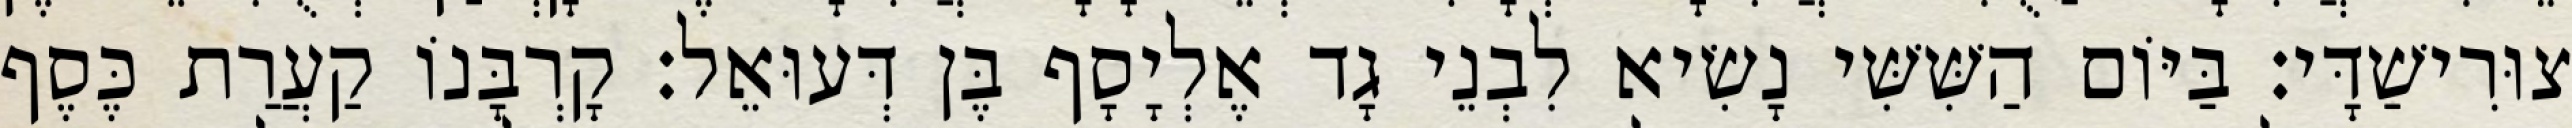
צוּרִישַׁדָּי׃ בַּיּוֹם הַשִּׁשִּׁי נָשִׂיא לִבְנֵי גָד אֶלְיָסָף בֶּן דְּעוּאֵל׃ קָרְבָּנוֹ קַעֲרַת כֶּסֶף